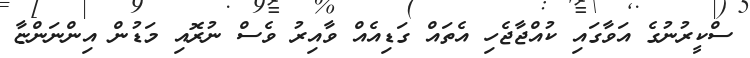
ސްކީރުނުގެ އަވާގައި ކުއްޖާޖެހި އެތައް ގަޑިއެއް ވާއިރު ވެސް ނުރޮއި މަޑުން އިންނަންޏާ